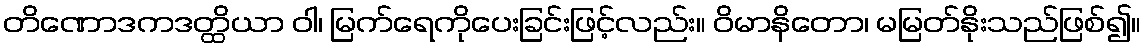
တိဏောဒကဒတ္ထိယာ ဝါ၊ မြက်ရေကိုပေးခြင်းဖြင့်လည်း။ ဝိမာနိတော၊ မမြတ်နိုးသည်ဖြစ်၍။